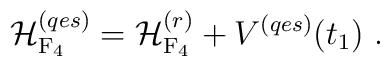
{\cal H}_{\rm F_4}^{(qes)}={\cal H}_{\rm F_4}^{(r)}+V^{(qes)}( t_1) \ .